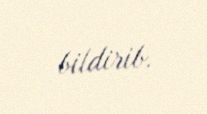
bildirib.